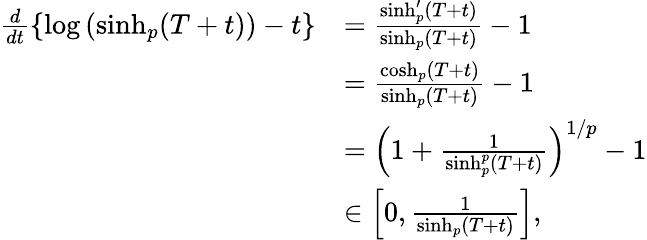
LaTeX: \begin{array}{rl}{\frac{d}{dt}\left\{ \log\left(\sinh_{p}(T+t)\right)-t\right\} }&{=\frac{\sinh_{p}^{\prime}(T+t)}{\sinh_{p}(T+t)}-1}\\ &{=\frac{\cosh_{p}(T+t)}{\sinh_{p}(T+t)}-1}\\ &{=\left(1+\frac{1}{\sinh_{p}^{p}(T+t)}\right)^{1/p}-1}\\ &{\in\left[0,\frac{1}{\sinh_{p}(T+t)}\right],}\end{array}